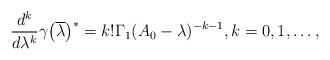
LaTeX: \begin{align*} \frac{d^k}{d\lambda^k}\gamma\big(\overline\lambda\big)^*=k!\Gamma_1 (A_0-\lambda)^{-k-1},k=0,1,\dots,\end{align*}